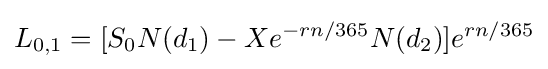
L_{0,1}=[S_{0}N(d_{1})-Xe^{-rn/365}N(d_{2})]e^{rn/365}